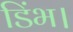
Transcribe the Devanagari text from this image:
डिंभ।